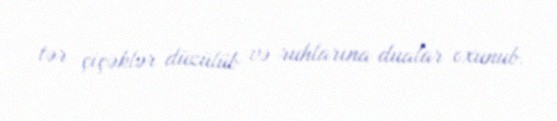
tər çiçəklər düzülüb və ruhlarına dualar oxunub.